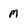
Character: M